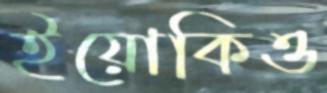
ইয়োকিও